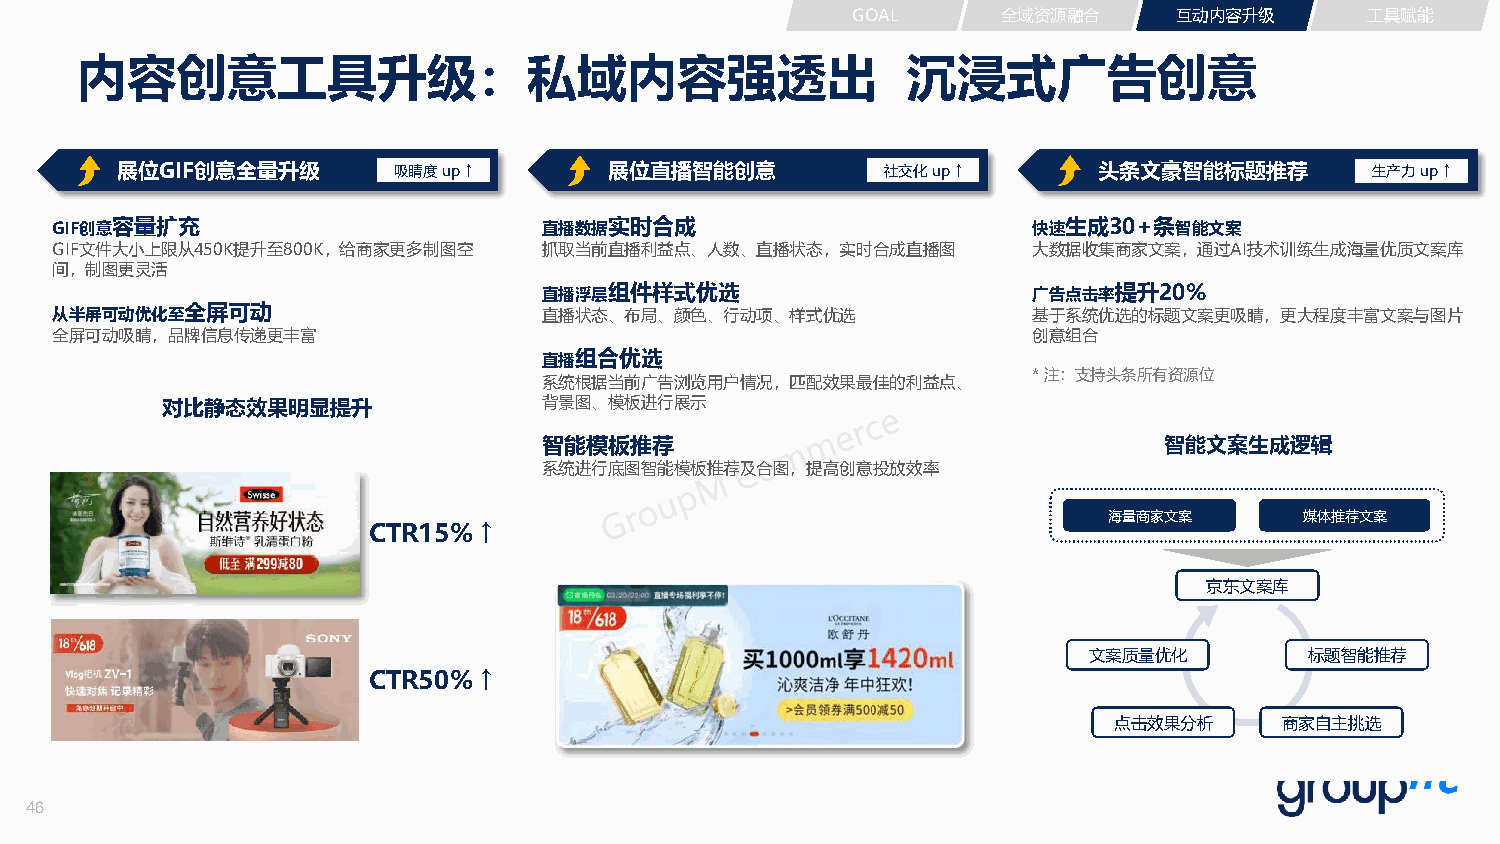
GOAL      全域资源融合      互动内容升级       工具赋能
 内容创意工具升级：私域内容强透出                                       沉浸式广告创意
 展位GIF创意全量升级       吸睛度up ↑       展位直播智能创意           社交化up ↑       头条文豪智能标题推荐        生产力up ↑
 GIF创意容量扩充                        直播数据实时合成                        快速生成30+条智能文案
 GIF文件大小上限从450K提升至800K，给商家更多制图空   抓取当前直播利益点、人数、直播状态，实时合成直播图       大数据收集商家文案，通过AI技术训练生成海量优质文案库
 间，制图更灵活
 直播浮层组件样式优选                      广告点击率提升20%
 从半屏可动优化至全屏可动                     直播状态、布局、颜色、行动项、样式优选             基于系统优选的标题文案更吸睛，更大程度丰富文案与图片
 全屏可动吸睛，品牌信息传递更丰富                                                 创意组合
 直播组合优选
 * 注：支持头条所有资源位
 系统根据当前广告浏览用户情况，匹配效果最佳的利益点、
 对比静态效果明显提升               背景图、模板进行展示
 智能模板推荐                                   智能文案生成逻辑
 系统进行底图智能模板推荐及合图，提高创意投放效率
 海量商家文案       媒体推荐文案
 CTR15%  ↑
 京东文案库
 文案质量优化         标题智能推荐
 CTR50%  ↑
 点击效果分析     商家自主挑选
 46